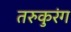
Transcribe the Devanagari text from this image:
तरुकुरंग